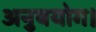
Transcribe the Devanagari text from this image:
अनुबयोग।